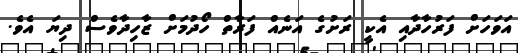
އަވަހަށް ފަރުހާދާއި އެކީ ރަށުގެ އަނެއް ފަރާތް ހޯދުމަށް ޒާހިދާވެސް ދިޔަ އެވެ.